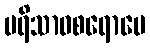
ပရိသာဝစရောပေ